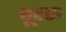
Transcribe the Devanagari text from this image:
चूहरू